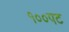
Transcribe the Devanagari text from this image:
१००पट